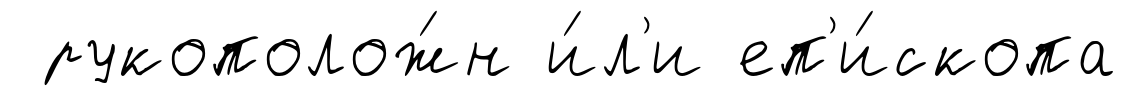
рукополож́н и́л'и еп'и́скопа